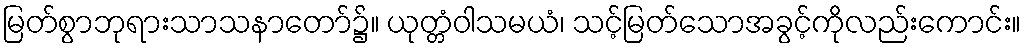
မြတ်စွာဘုရားသာသနာတော်၌။ ယုတ္တံဝါသမယံ၊ သင့်မြတ်သောအခွင့်ကိုလည်းကောင်း။